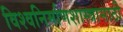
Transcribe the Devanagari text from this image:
विश्वनिर्माणशास्त्रासाठी